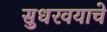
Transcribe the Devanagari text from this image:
सुधरवयाचे